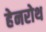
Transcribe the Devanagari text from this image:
हेनरोथ